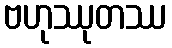
ဗဟုဿုတဿ